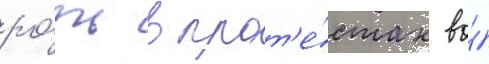
ро́ль в прот'е́стах во́